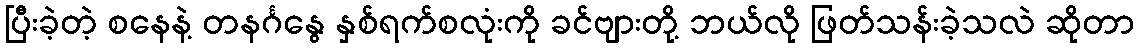
ပြီးခဲ့တဲ့ စနေနဲ့ တနင်္ဂနွေ နှစ်ရက်စလုံးကို ခင်ဗျားတို့ ဘယ်လို ဖြတ်သန်းခဲ့သလဲ ဆိုတာ